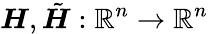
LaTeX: \boldsymbol{H},\tilde{\boldsymbol{H}}:\mathbb{R}^{n}\rightarrow\mathbb{R}^{n}